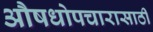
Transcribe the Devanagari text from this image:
औषधोपचारासाठी